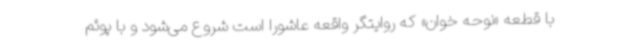
با قطعه «نوحه خوان» که روایتگر واقعه عاشورا است شروع می‌شود و با پوئم